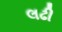
લઢી